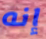
إنه